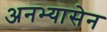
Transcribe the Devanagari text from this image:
अनभ्यासेन